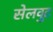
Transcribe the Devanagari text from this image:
सेलवुट